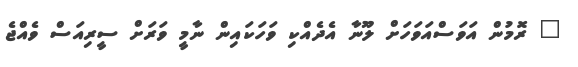
" ރޮމުން އަވަސްއަވަހަށް ލޫނާ އެދެއްކި ވަހަކައިން ނާމީ ވަރަށް ސީރިއަސް ވެއްޖެ